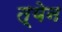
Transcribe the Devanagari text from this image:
त्येन